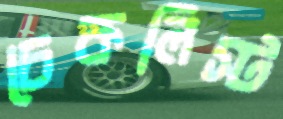
চেকলিস্ট